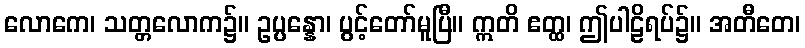
လောကေ၊ သတ္တလောက၌။ ဥပ္ပန္နော၊ ပွင့်တော်မူပြီ။ ဣတိ ဧတ္ထ၊ ဤပါဠိရပ်၌။ အတီတေ၊